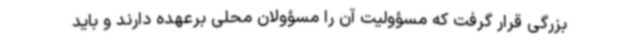
بزرگی قرار گرفت که مسؤولیت آن را مسؤولان محلی برعهده دارند و باید